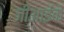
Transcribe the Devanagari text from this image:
जीआईके